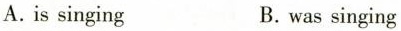
A.is singing B.was singing